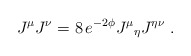
\begin{align*}J^{\mu}J^{\nu} = 8 \, e^{-2 \phi}J^\mu{}_{\eta} J^{\eta \nu}\ .\end{align*}